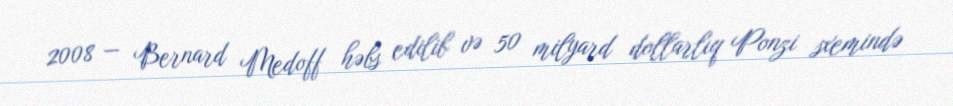
2008 — Bernard Medoff həbs edilib və 50 milyard dollarlıq Ponzi sxemində